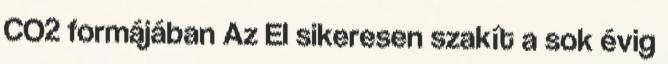
CO2 formájában Az EI sikeresen szakít a sok évig